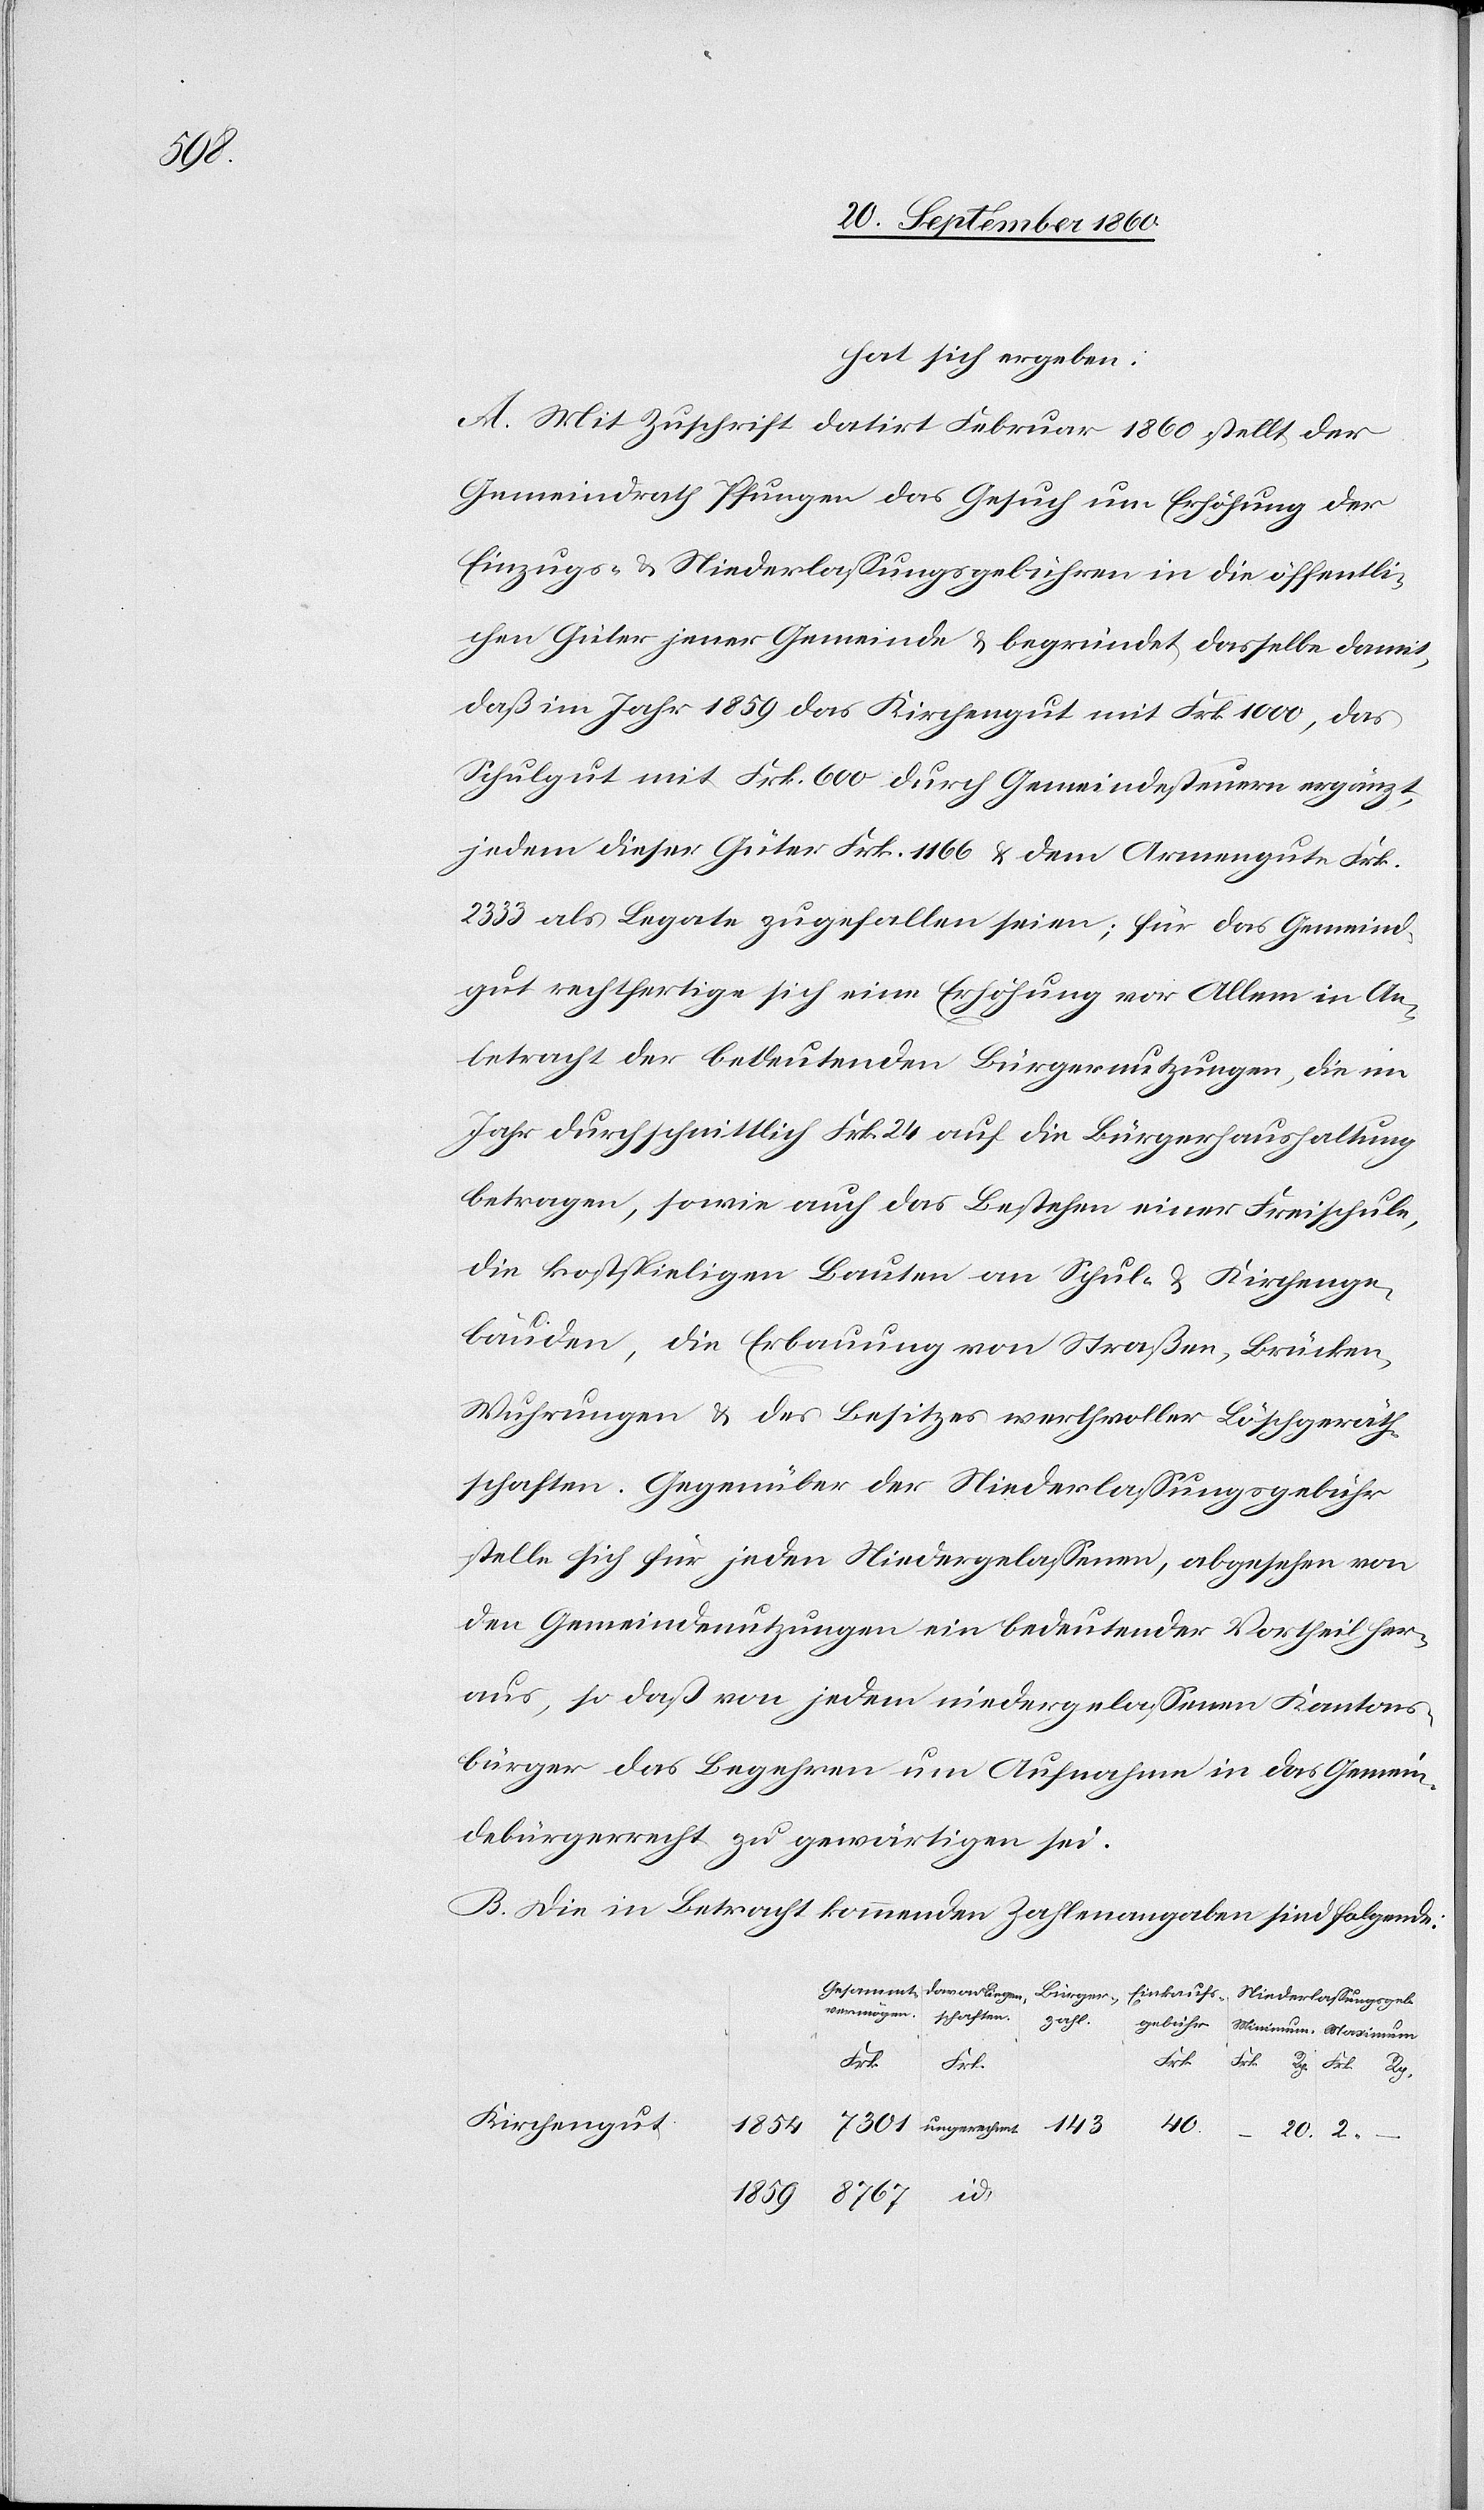
hat sich ergeben:
A. Mit Zuschrift datirt Februar 1860 stellt der
Gemeindrath Pfungen das Gesuch um Erhöhung der
Einzugs- & Niederlassungsgebühren in die öffentli¬
chen Güter jener Gemeinde & begründet dasselbe damit,
daß im Jahr 1859 das Kirchengut mit Frk. 1000, das
Schulgut mit Frk. 600 durch Gemeindesteuern ergänzt,
jedem dieser Güter Frk. 1166 & dem Armengute Frk.
2333 als Legate zugefallen seien; für das Gemeind¬
gut rechtfertige sich eine Erhöhung vor Allem in An¬
betracht der bedeutenden Bürgernutzungen, die im
Jahr durchschnittlich Frk. 24 auf die Bürgerhaushaltung
betragen, sowie auch das Bestehen einer Freischule,
die kostspieligen Bauten an Schul- & Kirchenge¬
bäuden, die Erbauung von Straßen, Brücken,
Wuhrungen & des Besitzes werthvoller Löschgeräth¬
schaften. Gegenüber der Niederlassungsgebühr
stelle sich für jeden Niedergelassenen, abgesehen von
den Gemeindenutzungen ein bedeutender Vortheil her¬
aus, so daß von jedem niedergelassenen Kantons¬
bürger das Begehren um Aufnahme in das Gemein¬
debürgerrecht zu gewärtigen sei.
B. Die in Betracht kommenden Zahlenangaben sind folgende: